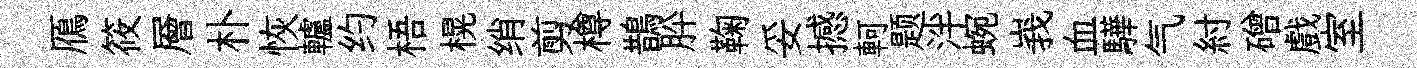
鴈筱層朴恢轤约梧榥绡剪樽鵲肸鞠妥撼軻题泮蜿峩血驊气紂磳戲室